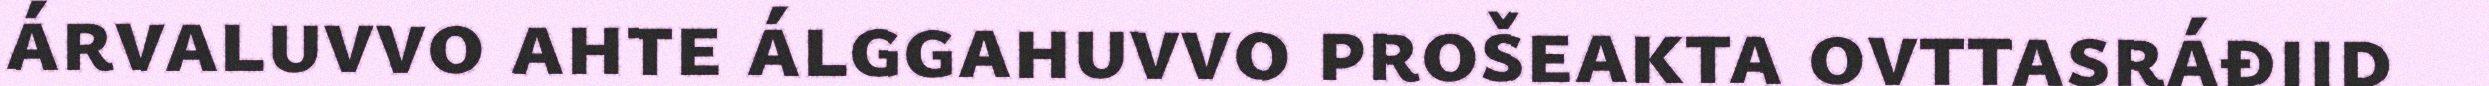
árvaluvvo ahte álggahuvvo prošeakta ovttasráđiid